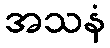
အသနံ